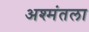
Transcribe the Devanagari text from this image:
अश्मंतला